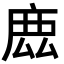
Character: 𢉖